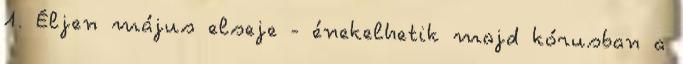
1. Éljen május elseje - énekelhetik majd kórusban a